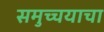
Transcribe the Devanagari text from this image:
समुच्चयाचा